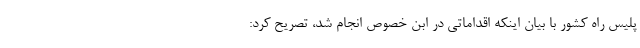
پلیس راه کشور با بیان اینکه اقداماتی در ابن خصوص انجام شد، تصریح کرد: